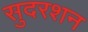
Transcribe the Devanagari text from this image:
सुदरशन